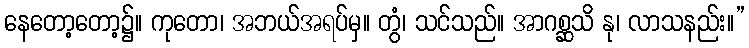
နေတော့တော့၌။ ကုတော၊ အဘယ်အရပ်မှ။ တွံ၊ သင်သည်။ အာဂစ္ဆသိ နု၊ လာသနည်း။”